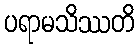
ပရာမသိဿတိ